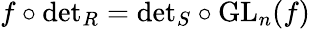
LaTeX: f\circ{\mathrm{det}}_{R}={\mathrm{det}}_{S}\circ{\mathrm{GL}}_{n}(f)